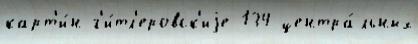
карт'и́н г'и́тл'еровск'иjе 134 центра́льных